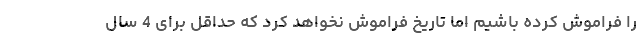
را فراموش کرده باشیم اما تاریخ فراموش نخواهد کرد که حداقل برای 4 سال